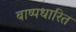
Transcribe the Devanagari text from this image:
बाष्पधारित